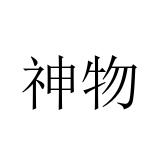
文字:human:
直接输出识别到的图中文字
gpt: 神物